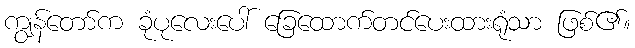
ကျွန်တော်က ခုံပုလေးပေါ် ခြေထောက်တင်ပေးထားရုံသာ ဖြစ်၏။